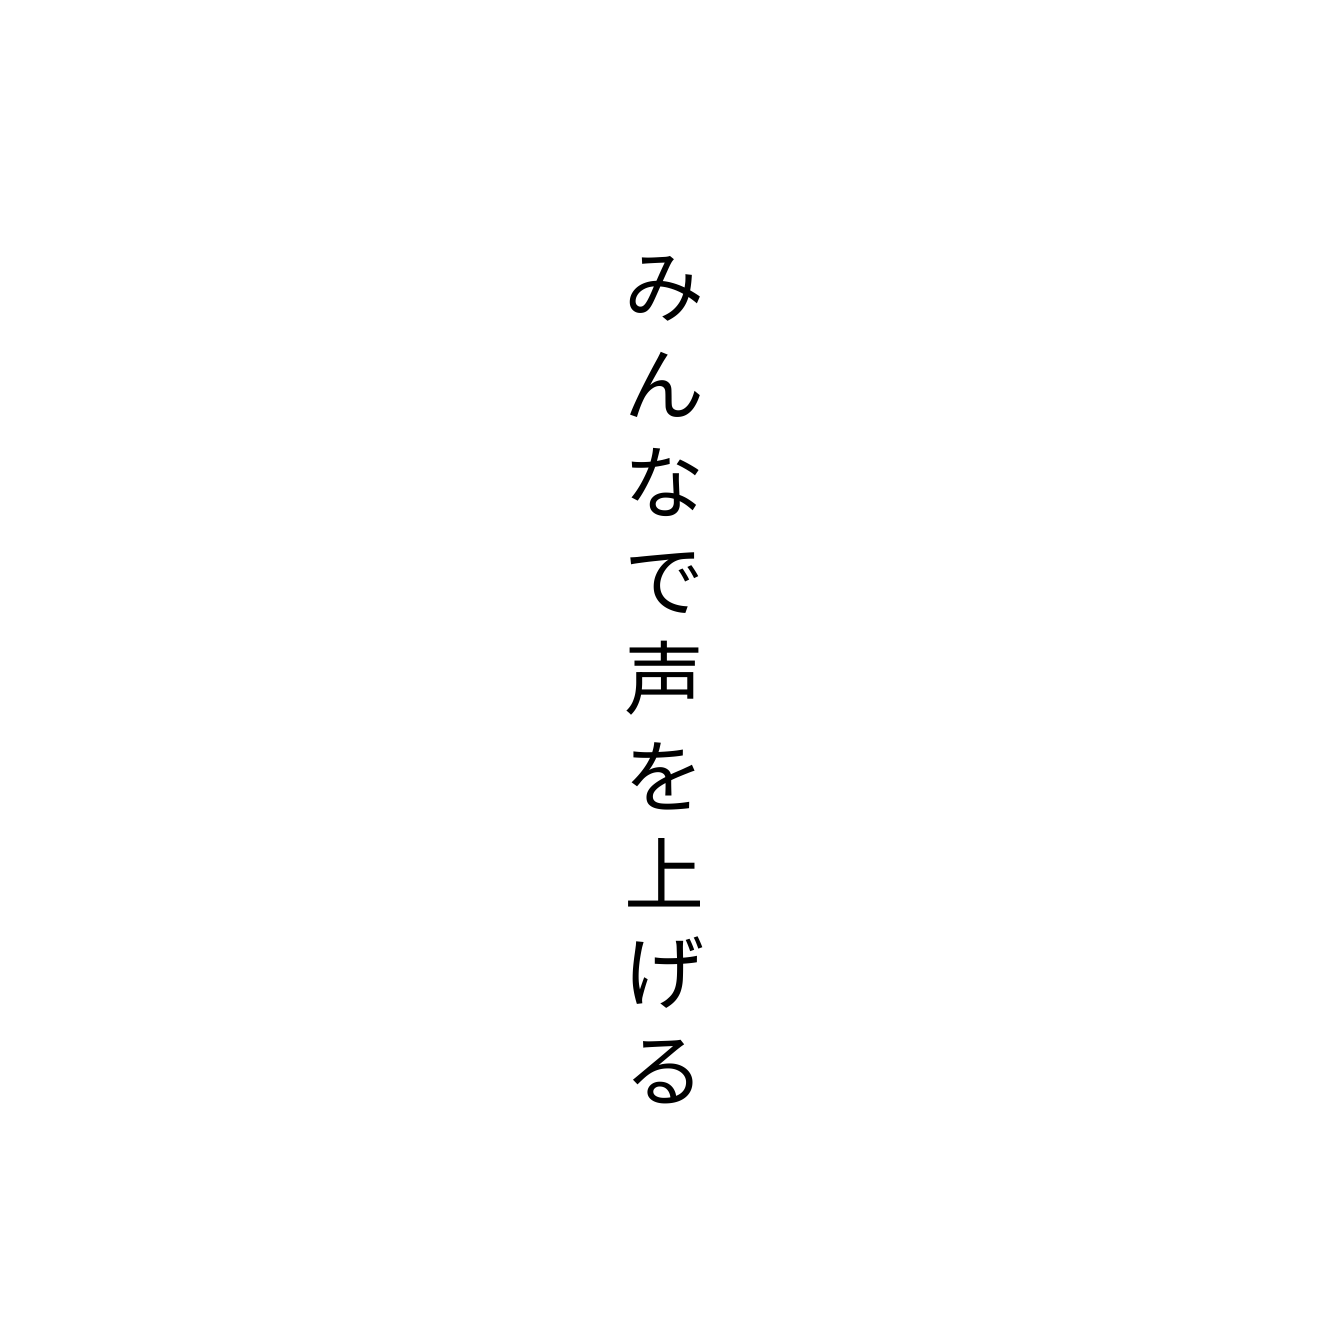
みんなで声を上げる